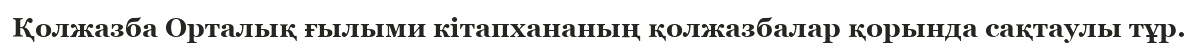
Қолжазба Орталық ғылыми кітапхананың қолжазбалар қорында сақтаулы тұр.